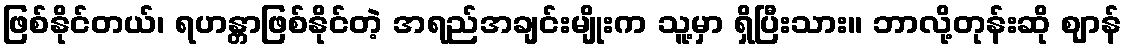
ဖြစ်နိုင်တယ်၊ ရဟန္တာဖြစ်နိုင်တဲ့ အရည်အချင်းမျိုးက သူ့မှာ ရှိပြီးသား။ ဘာလို့တုန်းဆို ဈာန်